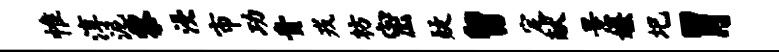
惟淳泥黎浸市功贵戎枋密疑留定献景嫌圯胃